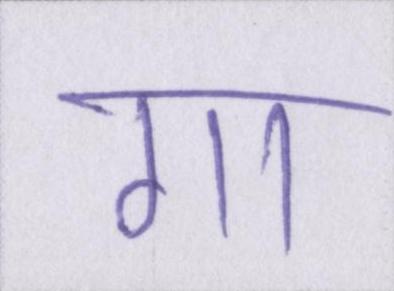
गा